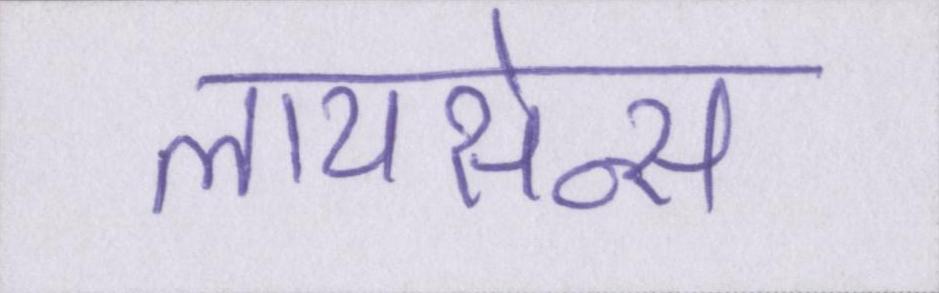
लायसेन्स